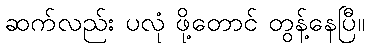
ဆက်လည်း ပလုံ ဖို့တောင် တွန့်နေပြီ။